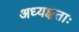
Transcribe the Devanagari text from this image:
अध्यक्षताः